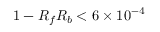
1 - R _ { f } R _ { b } < 6 \times 1 0 ^ { - 4 }